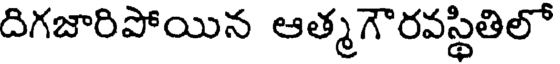
దిగజారిపోయిన ఆత్మగౌరవస్థితిలో